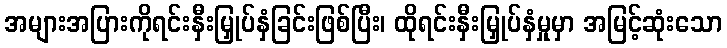
အများအပြားကိုရင်းနှီးမြှုပ်နှံခြင်းဖြစ်ပြီး၊ ထိုရင်းနှီးမြှုပ်နှံမှုမှာ အမြင့်ဆုံးသော